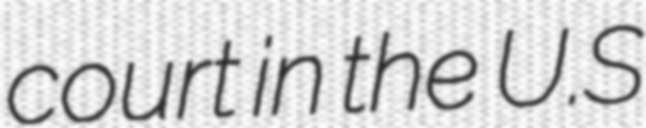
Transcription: court in the U.S